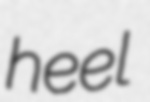
heel